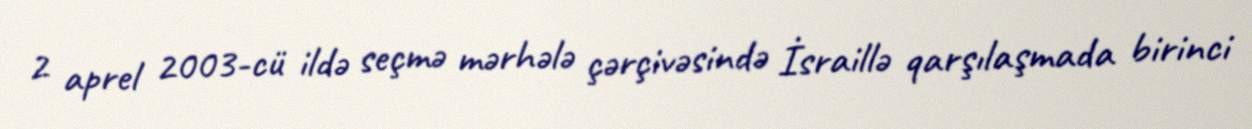
2 aprel 2003-cü ildə seçmə mərhələ çərçivəsində İsraillə qarşılaşmada birinci